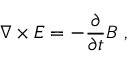
{ \boldsymbol { \nabla \times E } } = - { \frac { \partial } { \partial t } } { \boldsymbol { B } } \ ,